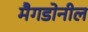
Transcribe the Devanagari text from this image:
मैगडोनील